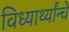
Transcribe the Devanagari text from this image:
विध्यार्थ्यांन्चे